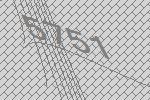
5751